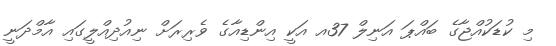
މި ކުޑަކުއްޖާގެ ބައްޕަ އަނިލް 37އ އަކީ އިންޑިއާގެ ވެރިރަށް ނިއުދިއްލީގައި އާމްދަނީ